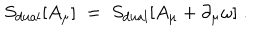
LaTeX: S _ { \mathrm { d u a l } } [ A _ { \mu } ] \; = \; S _ { \mathrm { d u a l } } [ A _ { \mu } + \partial _ { \mu } \omega ] \; .